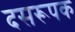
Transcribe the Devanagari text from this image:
दसरूपक